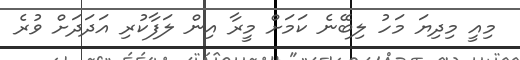
މިއީ މިދިޔަ މަހު ލިބޭނެ ކަމަށް މީރާ އިން ލަފާކުރި އަދަދަށް ވުރެ